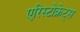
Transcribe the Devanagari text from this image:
एरिस्टोक्रेट्स